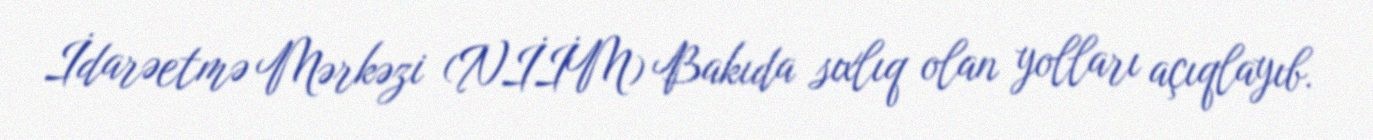
İdarəetmə Mərkəzi (NİİM) Bakıda sıxlıq olan yolları açıqlayıb.